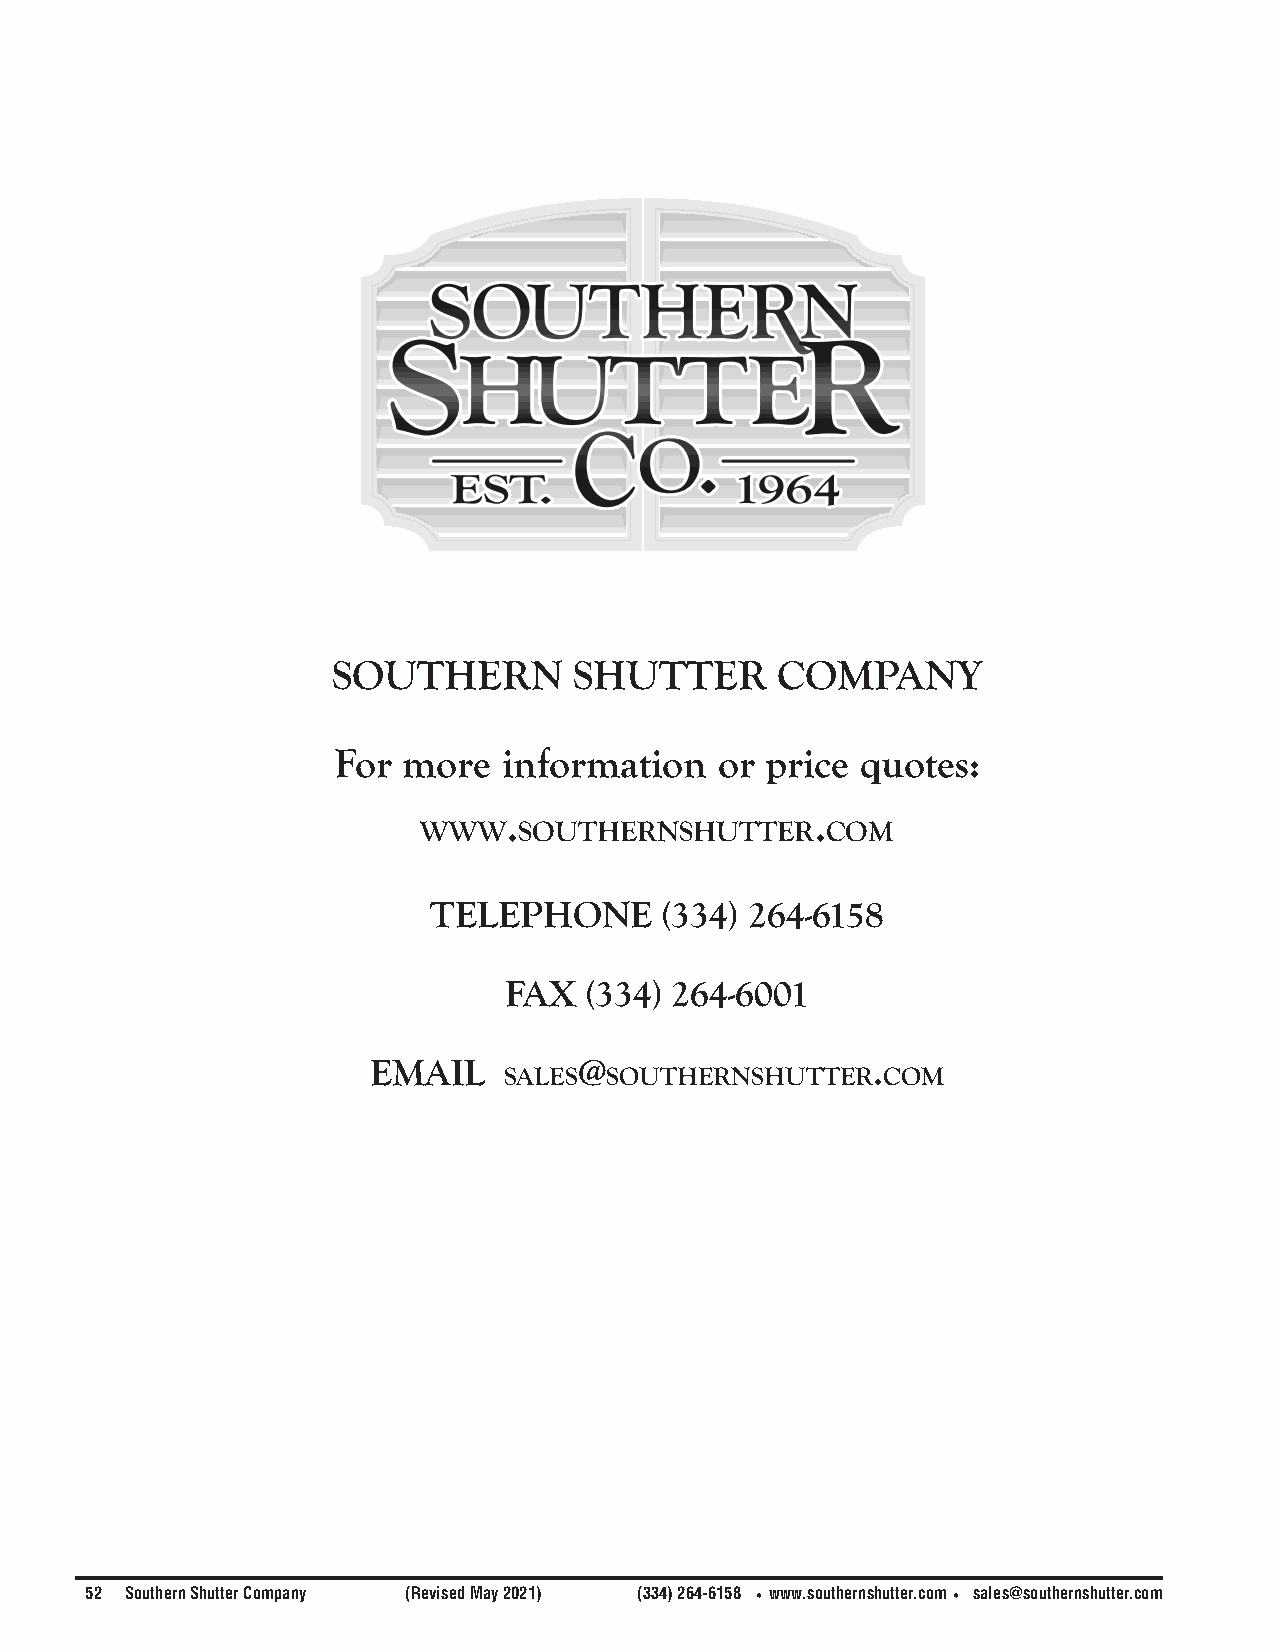
southern        shutter      coMpanY
 For  more  information    or price quotes:
 .                   .
 www   southernshutter      coM
 teLephone       (334) 264-6158
 Fax   (334) 264-6001
 eMaiL         @                   .
 saLes  southernshutter   coM
 52 Southern Shutter Company (Revised May 2021) (334) 264-6158 •www.southernshutter.com• sales@southernshutter.com